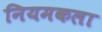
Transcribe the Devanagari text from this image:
नियमकला